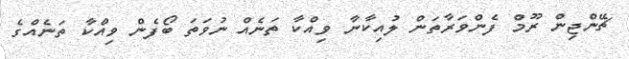
ޗޭންޖިން ރޫމް ފެންވަރާތަން ލުއިކާނާ ވިއްކާ ތަނެއް ނުވަތަ ބޯފެން ވިއްކާ ތަނެއްގެ